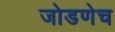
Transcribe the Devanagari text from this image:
जोडणेच